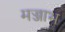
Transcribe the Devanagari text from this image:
मज्जाभ